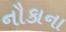
નૌકાના